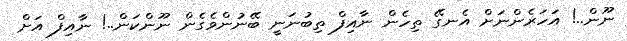
ނޫން..! އަހަރެންނަށް އެނގޭ ތިހެން ނާއިފް ތިބުނަނީ ބޭނުންވެގެން ނޫންކަން..! ނާއިފް އަށް